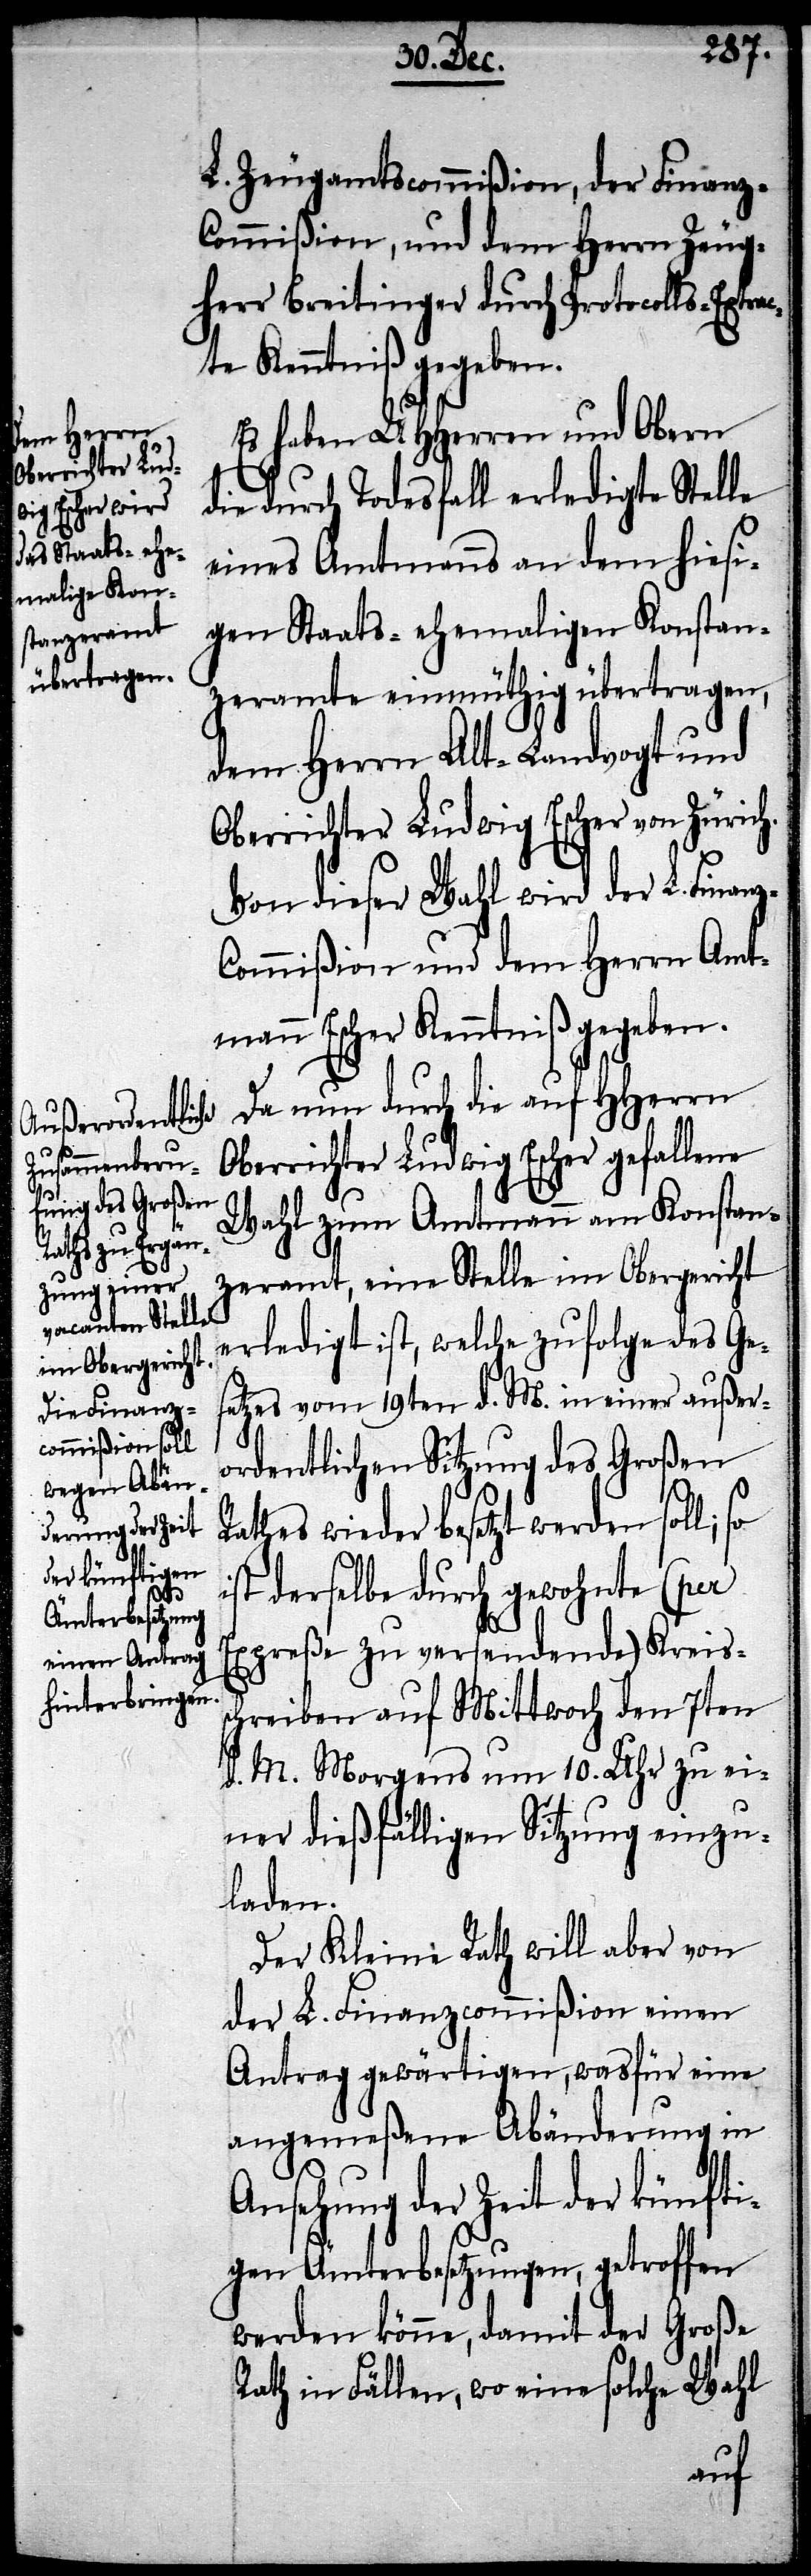
L. Zeugamtscommißion, der Finanz-C¬
ommißion, und dem Herrn Zeug¬
herr Breitinger durch Protocolls-Extra¬
cte Kenntniß gegeben.
Es haben UHHerren und Obern
die durch Todesfall erledigte Stelle
eines Amtsmanns an den hiesi¬
gen Staats- ehemaligen Konstan¬
zeramte einmüthig übertragen,
dem Herrn Alt-Landvogt und
Oberrichter Ludwig Escher von Zürich.
Von dieser Wahl wird der L. Finan¬
z-Commißion und dem Herrn Amt¬
mann Escher Kenntniß gegeben.
Da nun durch die auf HHerrn
Oberrichter Ludwig Escher gefallene
Wahl zum Amtmann am Konstan¬
zeramt, eine Stelle im Obergericht
erledigt ist, welche zufolge des Ge¬
setzes vom 19ten d. M. in einer außer¬
ordentlichen Sitzung des Großen R¬
athes wieder besetzt werden soll;
derselbe durch gewohnte (per
Expreße zu versendende) Kreiss¬
chreiben auf Mittwoch den 7ten
d. M. Morgens um 10. Uhr zu ei¬
ner dießfälligen Sitzung einzu¬
laden.
Der Kleine Rath will aber von
der L. Finanzcommißion einen
Antrag gewärtigen, wasfür eine
angemeßene Abänderung in
Ansehung der Zeit der künfti¬
gen Ämterbesetzungen, getroffen
werden könne, damit der Große
Rath in Fällen, wo eine solche Wahl